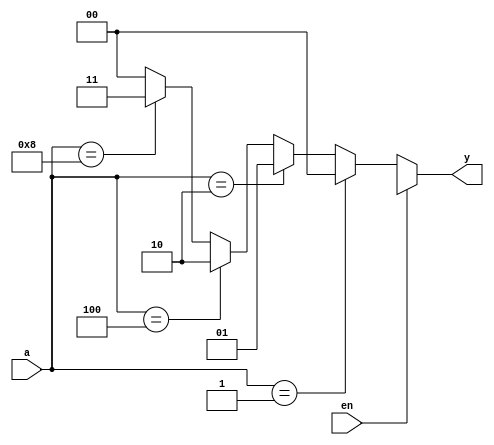
`timescale 1ns / 1ps

module encoder_4to2(en,a,y );
input  [3:0]a;
input en;
output reg [1:0]y;
always@(en,a)
begin
if(en==0)
begin
  if(a==4'b0001)
  y=2'b00;
  else if(a==4'b0010)
  y=2'b01;
  else if(a==4'b0100)
  y=2'b10;
  else if(a==4'b1000)
  y=2'b11;
  else
  y=2'b00;
 end
else
 y=2'bxx;
 end
endmodule